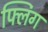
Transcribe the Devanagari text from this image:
फ्लिंग